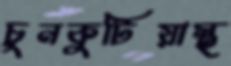
চুনকুটিয়াস্থ